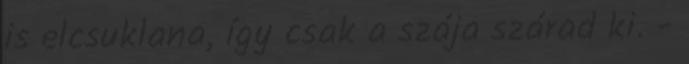
is elcsuklana, így csak a szája szárad ki. -